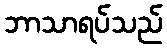
ဘာသာရပ်သည်